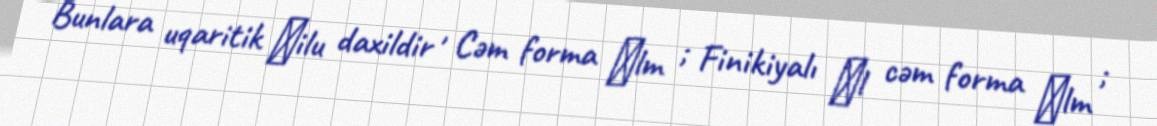
Bunlara uqaritik ʾilu daxildir , Cəm forma ʾlm ; Finikiyalı ʾl cəm forma ʾlm ;